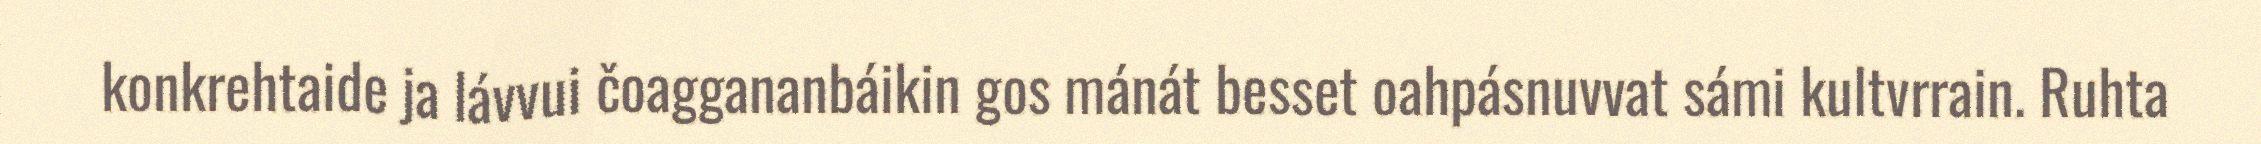
konkrehtaide ja lávvui čoaggananbáikin gos mánát besset oahpásnuvvat sámi kultvrrain. Ruhta